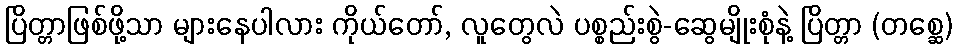
ပြိတ္တာဖြစ်ဖို့သာ များနေပါလား ကိုယ်တော်, လူတွေလဲ ပစ္စည်းစွဲ-ဆွေမျိုးစုံနဲ့ ပြိတ္တာ (တစ္ဆေ)